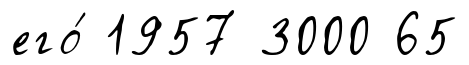
его́ 1957 3000 65